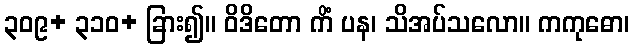
၃၀၉+ ၃၁၀+ ခြား၍။ ဝိဒိတော ကိံ ပန၊ သိအပ်သလော။ ကကုဓော၊